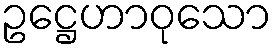
ဥဋ္ဌေဟာဝုသော